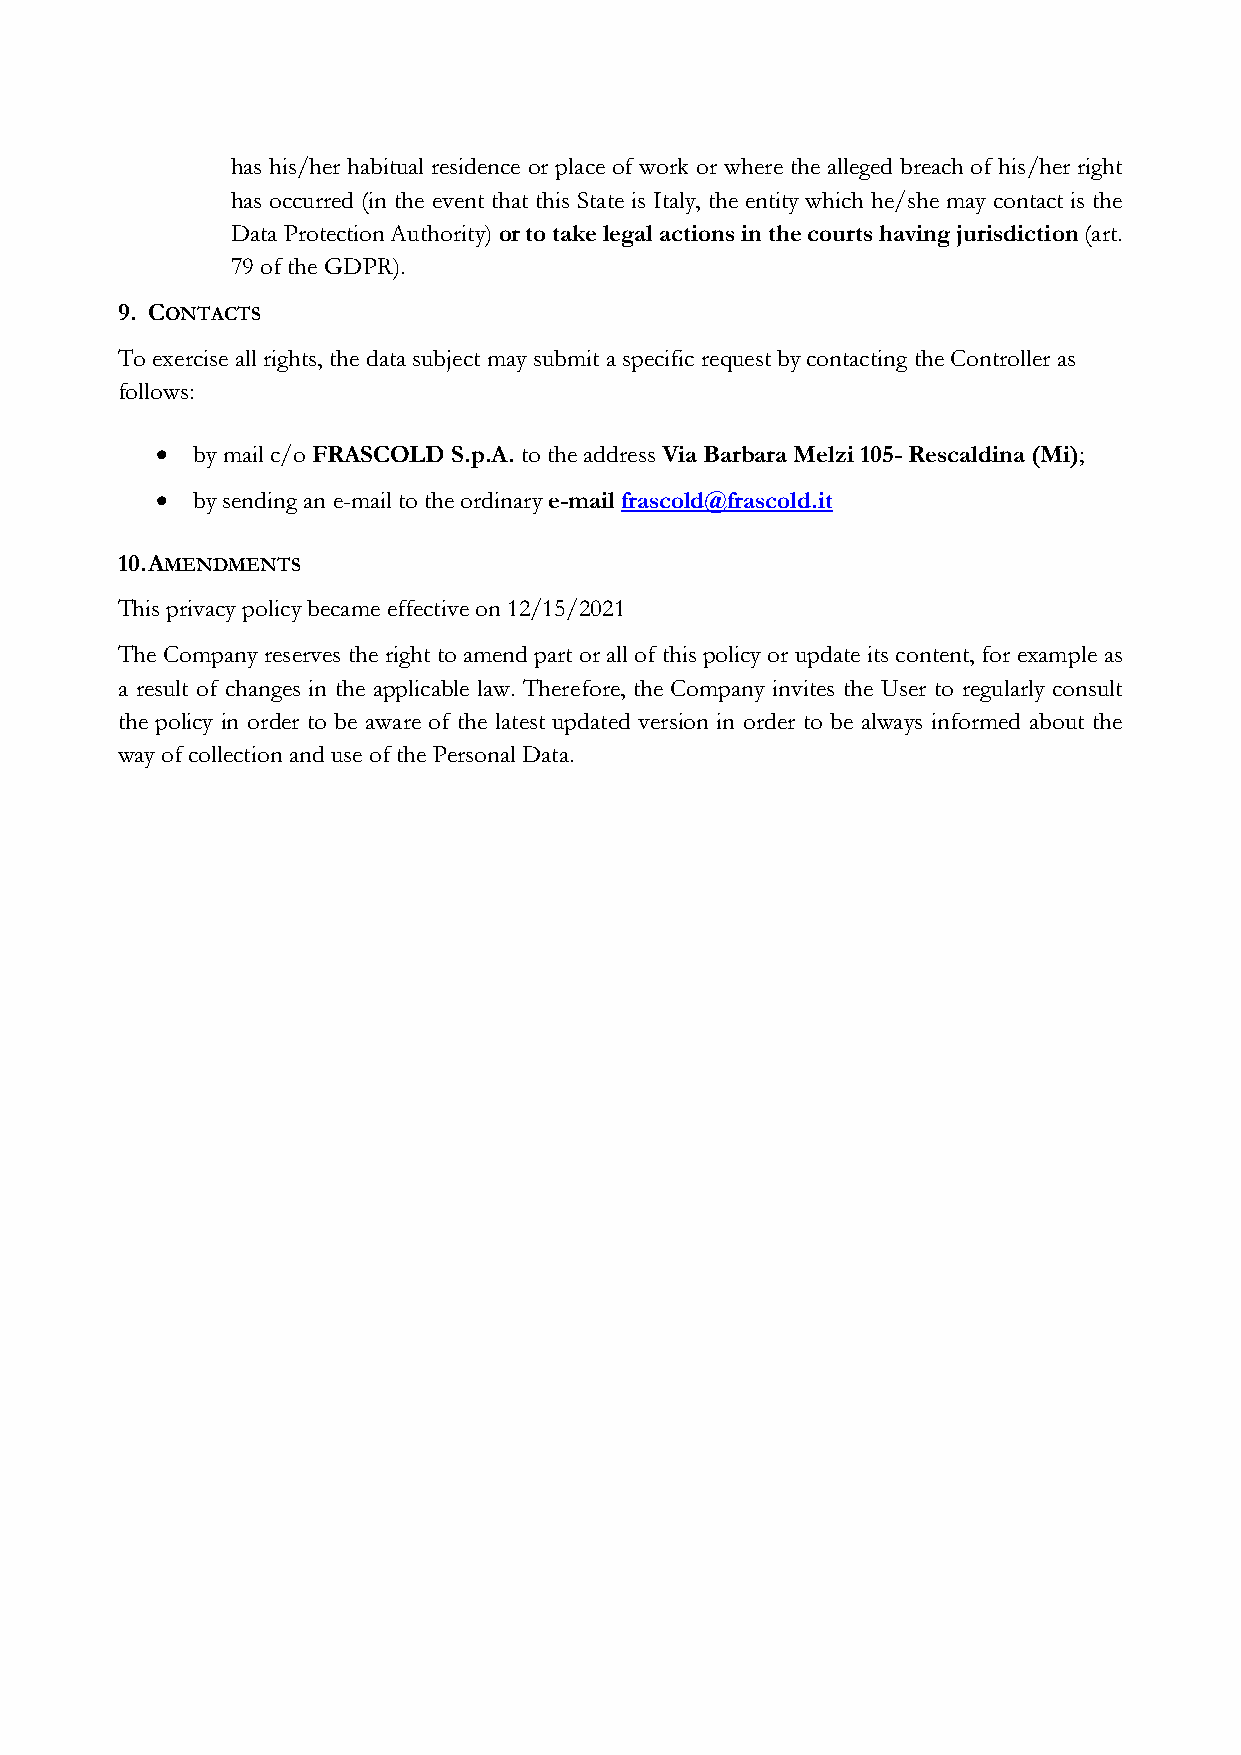
has his/her habitual residence or place of work or where the alleged breach of his/her right
 has occurred (in the event that this State is Italy, the entity which he/she may contact is the
 Data Protection Authority) or to take legal actions in the courts having jurisdiction (art.
 79 of the GDPR).
 9. CONTACTS
 To exercise all rights, the data subject may submit a specific request by contacting the Controller as
 follows:
   by mail c/o FRASCOLD S.p.A. to the address Via Barbara Melzi 105- Rescaldina (Mi);
   by sending an e-mail to the ordinary e-mail frascold@frascold.it
 10. AMENDMENTS
 This privacy policy became effective on 12/15/2021
 The Company reserves the right to amend part or all of this policy or update its content, for example as
 a result of changes in the applicable law. Therefore, the Company invites the User to regularly consult
 the policy in order to be aware of the latest updated version in order to be always informed about the
 way of collection and use of the Personal Data.